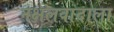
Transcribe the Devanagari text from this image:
नक्षलवादाला